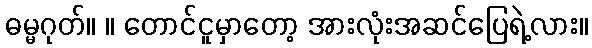
ဓမ္မဂုတ်။ ။ တောင်ငူမှာတော့ အားလုံးအဆင်ပြေရဲ့လား။